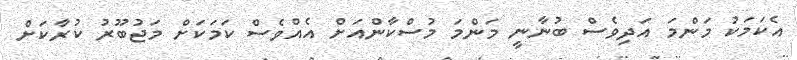
އެކަމަކު މަންމަ އަދިވެސް ބުނާނީ މަންމަ މުސްކާންއަށް އެއްވެސް ކަމަކަށް މަޖުބޫރު ކުރާކަށް